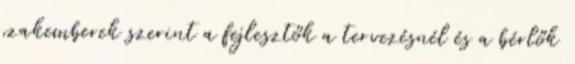
szakemberek szerint a fejlesztők a tervezésnél és a bérlők